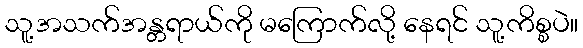
သူ့အသက်အန္တရာယ်ကို မကြောက်လို့ နေရင် သူ့ကိစ္စပဲ။